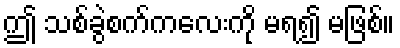
ဤ သစ်ခွဲစက်ကလေးကို မရ၍ မဖြစ်။